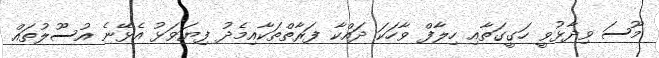
މޫސަ ވިދާޅުވީ ހަގީގަތާއި ހިލާފް ވާހަކަ ދައްކާ ފަރާތްތަކާއިމެދު ފިޔަވަޅު އެޅޭނެ އުސޫލުތައް